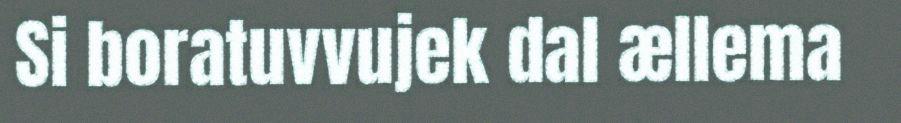
Si boratuvvujek dal ællema